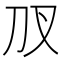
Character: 𭃇